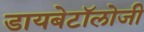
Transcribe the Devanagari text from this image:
डायबेटॉलोजी